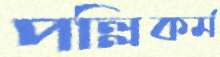
পল্লিকর্ম